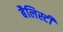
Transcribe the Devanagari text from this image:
बैलिस्टी